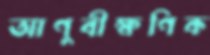
আণুবীক্ষণিক